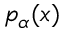
p _ { \alpha } ( x )